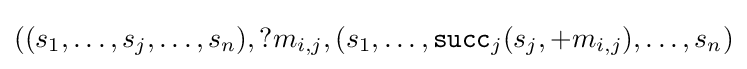
((s_{1},\dots ,s_{j},\dots ,s_{n}),?m_{i,j},(s_{1},\dots ,{\mathtt {succ}}_{j}(s_{j},+m_{i,j}),\dots ,s_{n})